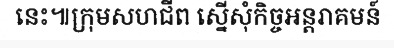
នេះ៕ក្រុមសហជីព ស្នើសុំកិច្ចអន្តរាគមន៍